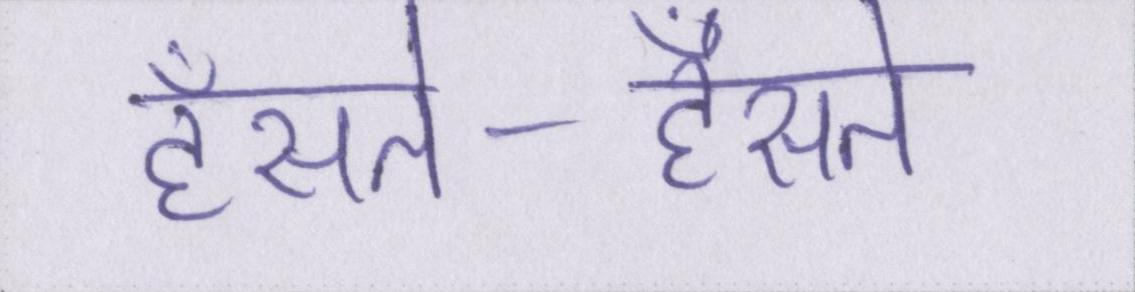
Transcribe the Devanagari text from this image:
हँसते-हँसते